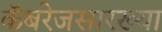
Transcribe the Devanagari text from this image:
कॅबरेजसारख्या